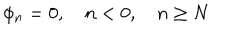
LaTeX: \phi _ { n } = 0 , \quad n < 0 , \quad n \geq N